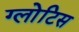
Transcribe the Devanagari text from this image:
ग्लोटिस